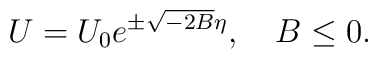
U=U_0 e^{\pm \sqrt{-2B}\eta},\quad B\le0.